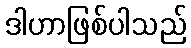
ဒါဟာဖြစ်ပါသည်